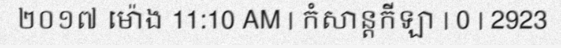
២០១៧ ម៉ោង 11:10 AM | កំសាន្តកីឡា | 0 | 2923